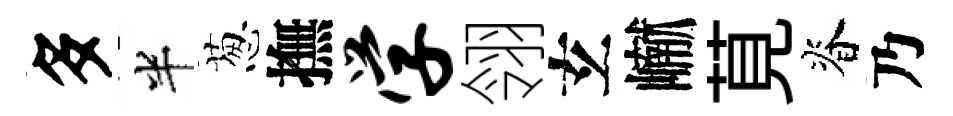
多半葱撫学翎𤣥𪩘莧脊乃